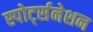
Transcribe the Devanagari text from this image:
स्पोर्ट्सनेशन